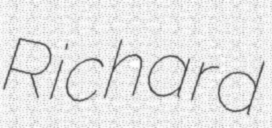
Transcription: Richard